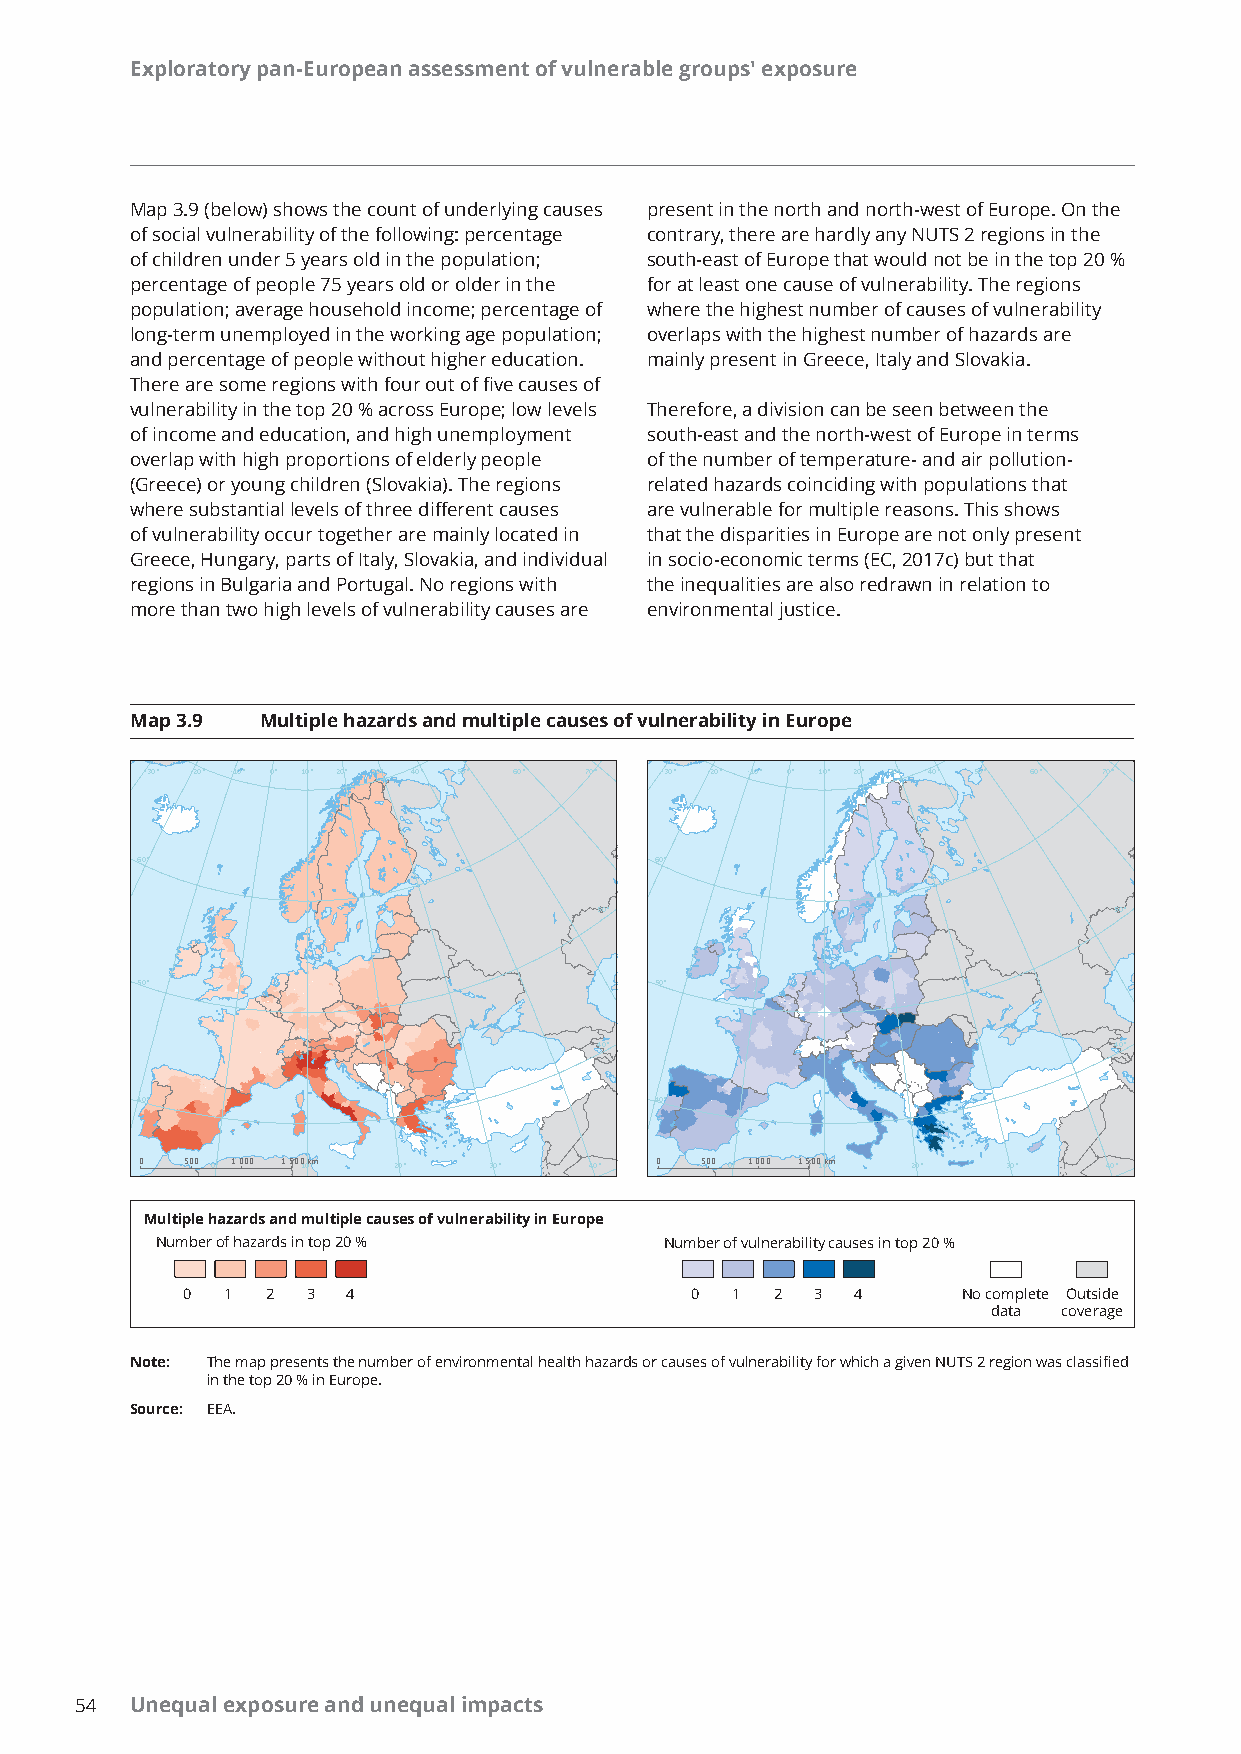
Exploratory pan-European assessment of vulnerable groups' exposure
 Map 3.9 (below) shows the count of underlying causes present in the north and north-west of Europe. On the
 of social vulnerability of the following: percentage contrary, there are hardly any NUTS 2 regions in the
 of children under 5 years old in the population; south-east of Europe that would not be in the top 20 %
 percentage of people 75 years old or older in the for at least one cause of vulnerability. The regions
 population; average household income; percentage of where the highest number of causes of vulnerability
 long-term unemployed in the working age population; overlaps with the highest number of hazards are
 and percentage of people without higher education. mainly present in Greece, Italy and Slovakia.
 There are some regions with four out of five causes of
 vulnerability in the top 20 % across Europe; low levels Therefore, a division can be seen between the
 of income and education, and high unemployment south-east and the north-west of Europe in terms
 overlap with high proportions of elderly people of the number of temperature- and air pollution-
 (Greece) or young children (Slovakia). The regions related hazards coinciding with populations that
 where substantial levels of three different causes are vulnerable for multiple reasons. This shows
 of vulnerability occur together are mainly located in that the disparities in Europe are not only present
 Greece, Hungary, parts of Italy, Slovakia, and individual in socio-economic terms (EC, 2017c) but that
 regions in Bulgaria and Portugal. No regions with the inequalities are also redrawn in relation to
 more than two high levels of vulnerability causes are environmental justice.
 Map 3.9 Multiple hazards and multiple causes of vulnerability in Europe
 -30° -20° -10° 0° 10° 20° 30° 40° 50° 60° 70° -30° -20° -10° 0° 10° 20° 30° 40° 50° 60° 70°
 60°                               60°
 50°                               50°
 50°                               50°
 40°                               40°
 40°                               40°
 0  500 0° 1 000 1 50010k°m 20° 30° 40° 0 500 0° 1 000 150010k°m 20° 30° 40°
 Multiple hazards and multiple causes of vulnerability in Europe
 Number of hazards in top 20 %     Number of vulnerability causes in top 20 %
 0  1  2 3  4                      0 1  2  3  4      No complete Outside
 data coverage
 Note: The map presents the number of environmental health hazards or causes of vulnerability for which a given NUTS 2 region was classified
 in the top 20 % in Europe.
 Source: EEA.
 54  Unequal exposure and unequal impacts